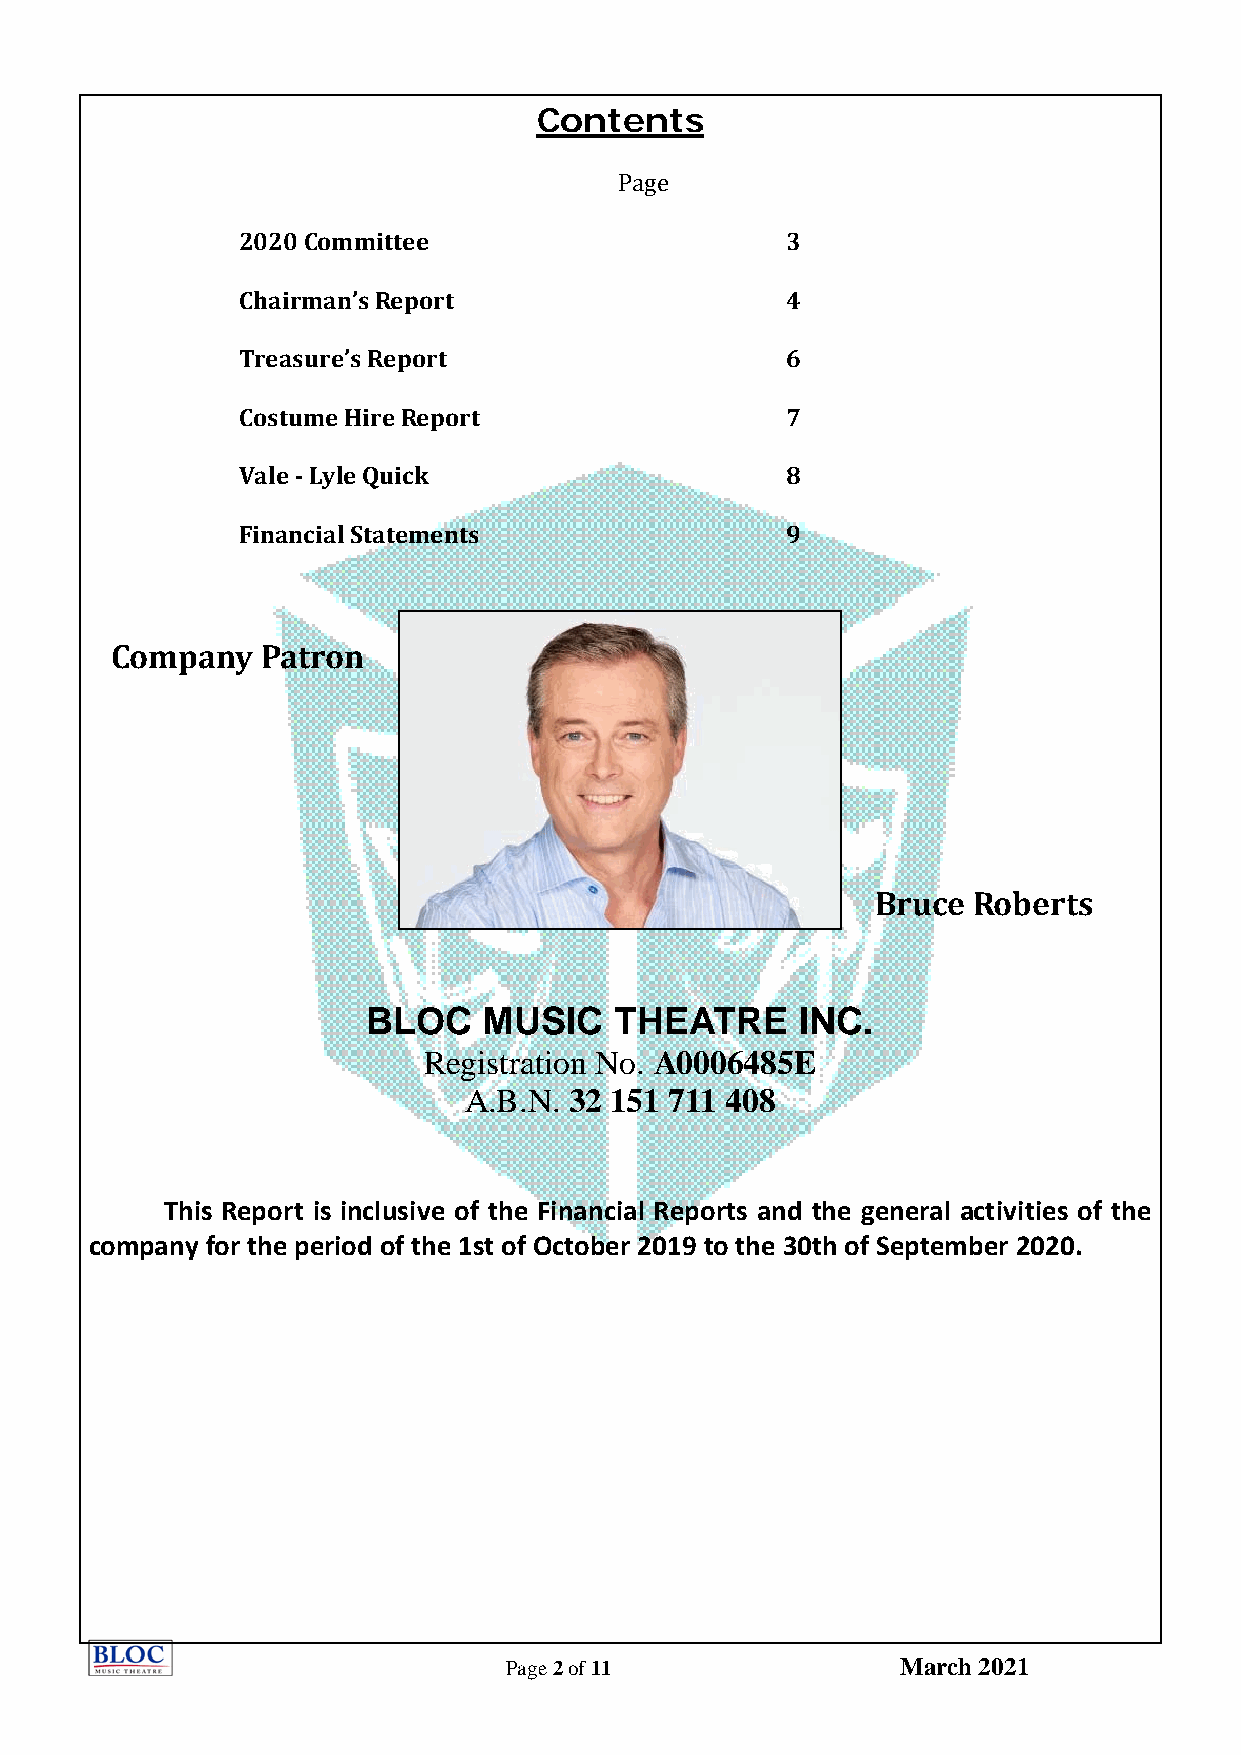
Contents
 Page
 2020 Committee                      3
 Chairman’s Report                   4
 Treasure’s Report                   6
 Costume Hire Report                 7
 Vale ‐ Lyle Quick                   8
 Financial Statements                9
 Company   Patron
 Bruce Roberts
 BLOC    MUSIC    THEATRE     INC.
 Registration No. A0006485E
 A.B.N. 32 151 711 408
 This Report is inclusive of the Financial Reports and the general activities of the
 company for the period of the 1st of October 2019 to the 30th of September 2020.
 Page 2 of 11              March 2021